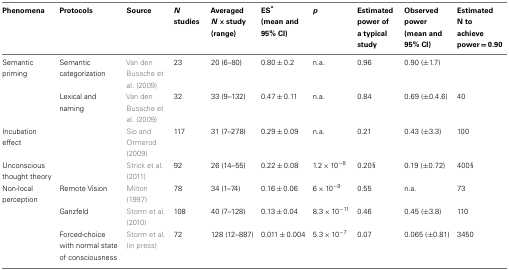
<table><thead><tr><td><b>Phenomena</b></td><td><b>Protocols</b></td><td><b>Source</b></td><td><b><i>N</i> studies</b></td><td><b>Averaged <i>N</i> × study (range)</b></td><td><b>ES* (mean and 95% CI)</b></td><td><b><i>p</i></b></td><td><b>Estimated power of a typical study</b></td><td><b>Observed power (mean and 95% CI)</b></td><td><b>Estimated N to achieve power = 0.90</b></td></tr></thead><tbody><tr><td>Semantic priming</td><td>Semantic categorization</td><td>Van den Bussche et al. (2009)</td><td>23</td><td>20 (6–80)</td><td>0.80 ± 0.2</td><td>n.a.</td><td>0.96</td><td>0.90 (±1.7)</td><td></td></tr><tr><td></td><td>Lexical and naming</td><td>Van den Bussche et al. (2009)</td><td>32</td><td>33 (9–132)</td><td>0.47 ± 0.11</td><td>n.a.</td><td>0.84</td><td>0.69 (±0.4.6)</td><td>40</td></tr><tr><td>Incubation effect</td><td></td><td>Sio and Ormerod (2009)</td><td>117</td><td>31 (7–278)</td><td>0.29 ± 0.09</td><td>n.a.</td><td>0.21</td><td>0.43 (±3.3)</td><td>100</td></tr><tr><td>Unconscious thought theory</td><td></td><td>Strick et al. (2011)</td><td>92</td><td>26 (14–55)</td><td>0.22 ± 0.08</td><td>1.2 × 10<sup>−8</sup></td><td>0.20§</td><td>0.19 (±0.72)</td><td>400§</td></tr><tr><td>Non-local perception</td><td>Remote Vision</td><td>Milton (1997)</td><td>78</td><td>34 (1–74)</td><td>0.16 ± 0.06</td><td>6 × 10<sup>−9</sup></td><td>0.55</td><td>n.a.</td><td>73</td></tr><tr><td></td><td>Ganzfeld</td><td>Storm et al. (2010)</td><td>108</td><td>40 (7–128)</td><td>0.13 ± 0.04</td><td>8.3 × 10<sup>−11</sup></td><td>0.46</td><td>0.45 (±3.8)</td><td>110</td></tr><tr><td></td><td>Forced-choice with normal state of consciousness</td><td>Storm et al. (in press)</td><td>72</td><td>128 (12–887)</td><td>0.011 ± 0.004</td><td>5.3 × 10<sup>−7</sup></td><td>0.07</td><td>0.065 (±0.81)</td><td>3450</td></tr></tbody></table>